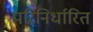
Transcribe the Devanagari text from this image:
परिनिर्धारित